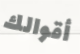
أقوالك